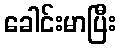
ခေါင်းမာပြီး